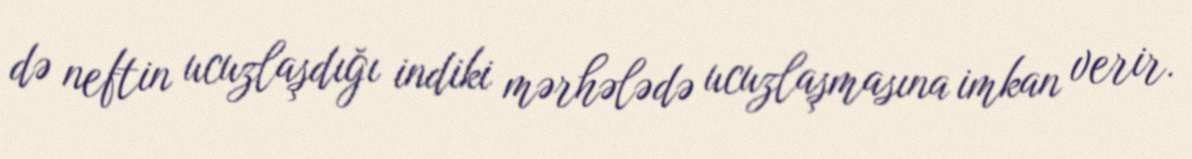
də neftin ucuzlaşdığı indiki mərhələdə ucuzlaşmasına imkan verir.